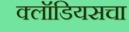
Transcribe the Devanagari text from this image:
क्लॉडियसचा